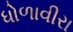
ધોળાવીરા